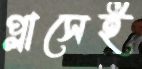
প্লাসেই